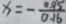
x = - \frac { 0 . 9 5 } { 0 . 1 6 }